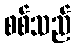
စစ်သည်